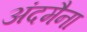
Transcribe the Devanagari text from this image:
अंदमैना